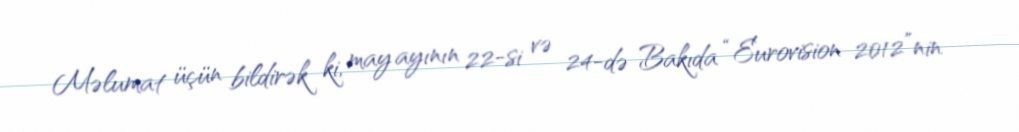
Məlumat üçün bildirək ki, may ayının 22-si və 24-də Bakıda “Eurovision 2012”nin